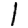
Digit: 1